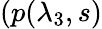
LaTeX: (p(\lambda_{3},s)